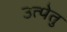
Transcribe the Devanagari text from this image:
उत्पेतु